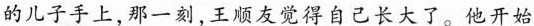
的儿子手上，那一刻，王顺友觉得自己长大了。他开始